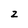
Character: Z